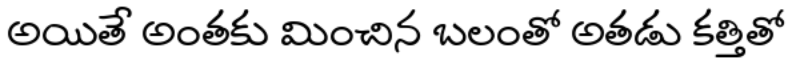
అయితే అంతకు మించిన బలంతో అతడు కత్తితో